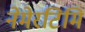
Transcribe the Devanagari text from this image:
नेमेरटिमि